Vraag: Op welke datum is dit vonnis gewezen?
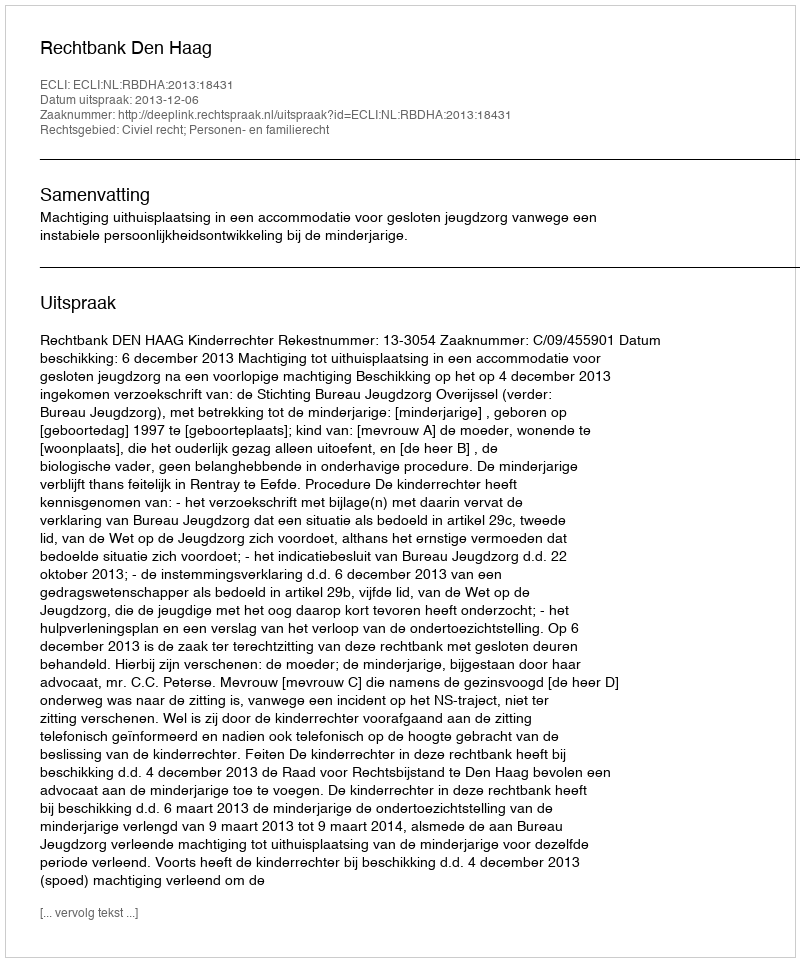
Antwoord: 2013-12-06